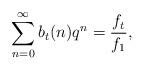
LaTeX: \begin{align*}\sum_{n=0}^{\infty}b_{t}(n)q^n=\frac{f_{t}}{f_1},\end{align*}